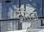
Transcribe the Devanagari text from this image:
ट्रॅसिंडा